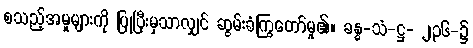
စသည့်အမှုများကို ပြုပြီးမှသာလျှင် ဆွမ်းခံကြွတော်မူ၏။ ခန္ဓ-သံ-ဋ္ဌ- ၂၃၆-၌